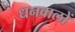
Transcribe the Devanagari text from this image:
धनवालों